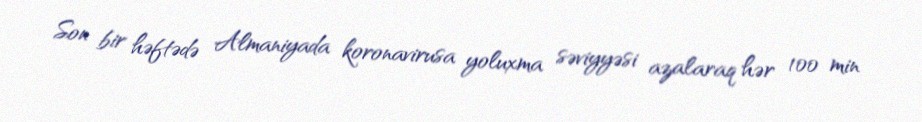
Son bir həftədə Almaniyada koronavirusa yoluxma səviyyəsi azalaraq hər 100 min